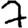
Digit: 7